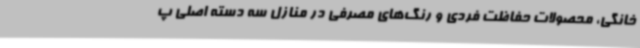
خانگی، محصولات حفاظت فردی و رنگ‌های مصرفی در منازل سه دسته اصلی پ